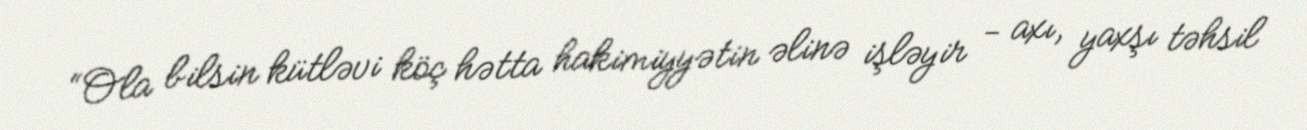
“Ola bilsin kütləvi köç hətta hakimiyyətin əlinə işləyir - axı, yaxşı təhsil